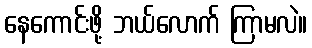
နေကောင်းဖို့ ဘယ်လောက် ကြာမလဲ။